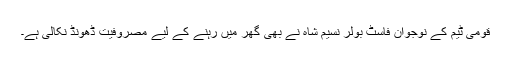
قومی ٹیم کے نوجوان فاسٹ بولر نسیم شاہ نے بھی گھر میں رہنے کے لیے مصروفیت ڈھونڈ نکالی ہے۔